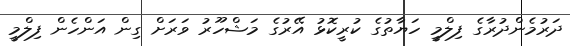
ދަރުމެންދުރާގެ ފިލްމީ ހަޔާތުގެ ކުރީކޮޅު އޭރުގެ މަޝްހޫރު ވަރަށް ގިން އަންހެން ފިލްމީ